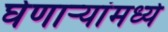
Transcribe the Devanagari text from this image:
घेणार्‍यांमध्ये